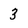
Character: 3